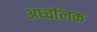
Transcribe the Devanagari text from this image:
अर्ध्चालक